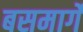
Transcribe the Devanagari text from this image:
बसमार्गे